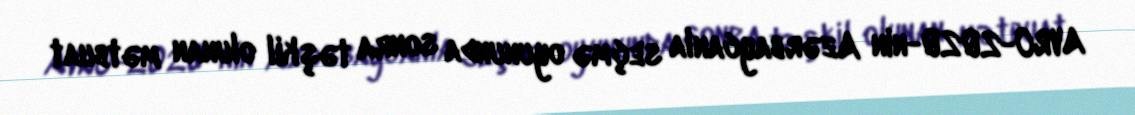
AVRO-2020-nin Azərbaycanla seçmə oyununda sonra təşkil olunan mətbuat